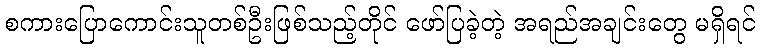
စကားပြောကောင်းသူတစ်ဦးဖြစ်သည့်တိုင် ဖော်ပြခဲ့တဲ့ အရည်အချင်းတွေ မရှိရင်